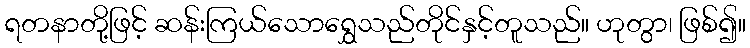
ရတနာတို့ဖြင့် ဆန်းကြယ်သောရွှေသည်တိုင်နှင့်တူသည်။ ဟုတွာ၊ ဖြစ်၍။